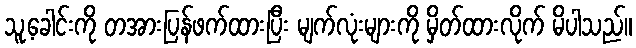
သူ့ခေါင်းကို တအားပြန်ဖက်ထားပြီး မျက်လုံးများကို မှိတ်ထားလိုက် မိပါသည်။